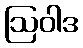
ဩဝါဒ